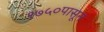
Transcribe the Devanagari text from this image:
१७५०पासून